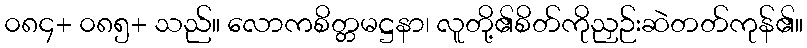
၀၈၄+ ၀၈၅+ သည်။ လောကစိတ္တမဋ္ဌနာ၊ လူတို့၏စိတ်ကိုညှဉ်းဆဲတတ်ကုန်၏။